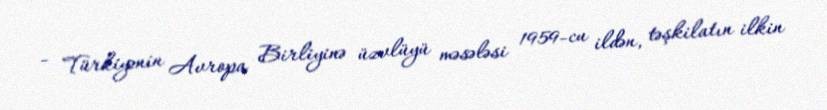
- Türkiyənin Avropa Birliyinə üzvlüyü məsələsi 1959-cu ildən, təşkilatın ilkin